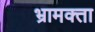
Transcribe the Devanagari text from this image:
भ्रामक्ता